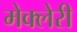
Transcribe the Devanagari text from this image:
मेक्लेरी